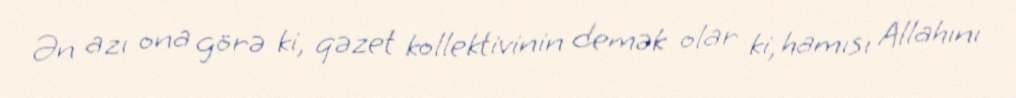
Ən azı ona görə ki, qəzet kollektivinin demək olar ki, hamısı Allahını